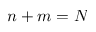
n + m = N